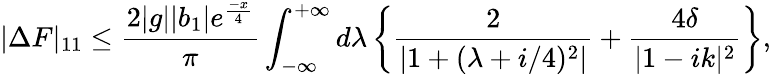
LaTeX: |\Delta F|_{11}\leq\frac{2|g||b_{1}|e^{\frac{-x}{4}}}{\pi}\int_{-\infty}^{+\infty}d\lambda\left\{ \frac{2}{|1+(\lambda+i/4)^{2}|}+\frac{4\delta}{|1-ik|^{2}}\right\} ,